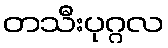
တသီးပုဂ္ဂလ